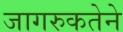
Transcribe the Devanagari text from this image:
जागरुकतेने